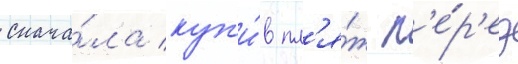
снача́ла куп'и́в пл'я́ж п'е́р'ед